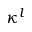
\kappa ^ { l }